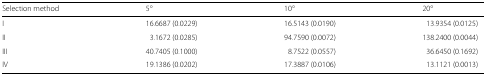
<table><thead><tr><td><b>Selection method</b></td><td><b>5 <sup>∘</sup></b></td><td><b>10 <sup>∘</sup></b></td><td><b>20 <sup>∘</sup></b></td></tr></thead><tbody><tr><td>I</td><td>16.6687 (0.0229)</td><td>16.5143 (0.0190)</td><td>13.9354 (0.0125)</td></tr><tr><td>II</td><td>3.1672 (0.0285)</td><td>94.7590 (0.0072)</td><td>138.2400 (0.0044)</td></tr><tr><td>III</td><td>40.7405 (0.1000)</td><td>8.7522 (0.0557)</td><td>36.6450 (0.1692)</td></tr><tr><td>IV</td><td>19.1386 (0.0202)</td><td>17.3887 (0.0106)</td><td>13.1121 (0.0013)</td></tr></tbody></table>